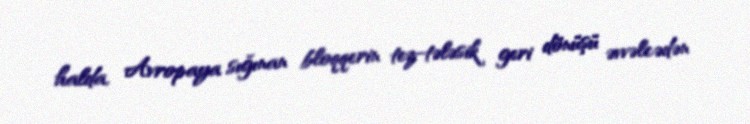
halda, Avropaya sığınan bloqqerin tez-tələsik geri dönüşü əvvəlcədən